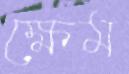
ক্ষেম